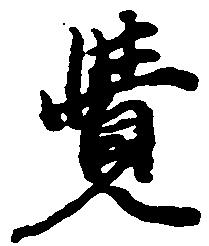
覚